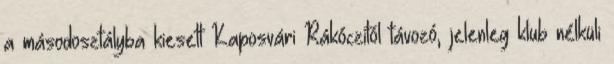
a másodosztályba kiesett Kaposvári Rákóczitól távozó, jelenleg klub nélküli